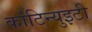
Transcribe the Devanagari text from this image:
कांटिन्युइटी